Report of the Municipal Commissioner on the plague in Bombay for the year ending 31st May... - Volume 1
Disease focus: Plague
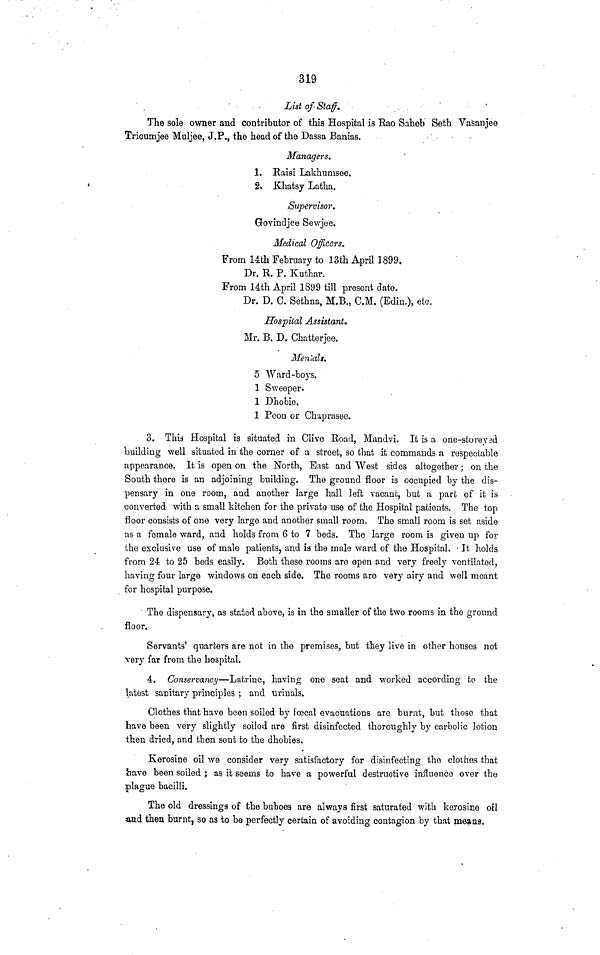
319
List of Staff.
The sole owner and contributor of this Hospital is Rao Saheb Seth Vasanjee
Tricumjee Muljee, J.P., the head of the Dassa Banias.
Managers.
1. Raisi Lakhumsee.
2. Khatsy Latha.
Supervisor.
Govindjee Sewjoe.
Medical Officers.
From 14th February to 13th April 1899.
Dr. R. P. Kuthar.
From 14th April 1899 till present date.
Dr. D. C. Sethna, M.B., C.M. (Edin,), etc.
Hospital Assistant.
Mr. B. D. Chatterjee.
Menials.
5 Ward-boys.
1 Sweeper.
1 Dhobie.
1 Peon or Chaprasee.
3. This Hospital is situated in Olive Road, Mandvi. It is a one-storey 3d
building well situated in the corner of a street, so that it commands a respectable
appearance. It is open on the North, East and West sides altogether; on the
South there is an adjoining building. The ground floor is occupied by the dis-
pensary in one room, and another large hall left vacant, but a part of it is
converted with a small kitchen for the private use of the Hospital patients. The top
floor consists of one very large and another small room. The small room is set aside
us a female ward, and holds from 6 to 7 beds. The large room is given up for
the exclusive use of male patients, and is the male ward of the Hospital. Jt holds
from 24 to 25 beds easily. Both these rooms are open and very freely ventilated,
having four large windows on each side. The rooms are very airy and well meant
for hospital purpose.
The dispensary, as stated above, is in the smaller of the two rooms in the ground
floor.
Servants' quarters are not in the premises, but they live in other houses not
very far from the hospital.
4. Conservancy—Latrine, having one seat and worked according to the
latest sanitary principles ; and urinals.
Clothes that have been soiled by foecal evacuations are burnt, but those that
have been very slightly soiled are first disinfected thoroughly by carbolic lotion
then dried, and then sent to the dhobies.
Kerosine oil we consider very satisfactory for disinfecting the clothes that
have been soiled ; as it seems to have a powerful destructive influence over the
plague bacilli.
The old dressings of the buboes are always first saturated with kerosine oil
and then burnt, so as to be perfectly certain of avoiding contagion by that means.